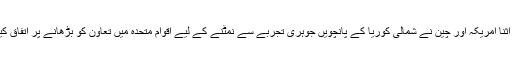
دریں اثنا امریکہ اور چین نے شمالی کوریا کے پانچویں جوہری تجربے سے نمٹنے کے لیے اقوام متحدہ میں تعاون کو بڑھانے پر اتفاق کیا ہے۔